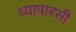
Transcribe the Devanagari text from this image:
व्यापारसी